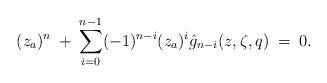
LaTeX: \begin{align*} (z_a)^n \: + \: \sum_{i=0}^{n-1} (-1)^{n-i} (z_a)^i \hat{g}_{n-i}(z,\zeta,q)\: = \: 0 \/.\end{align*}